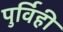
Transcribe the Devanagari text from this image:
पुर्विही